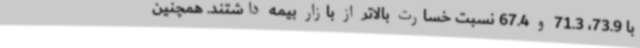
با 73.9، 71.3 و 67.4 نسبت خسارت بالاتر از بازار بیمه داشتند. همچنین